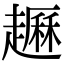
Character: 𧽺